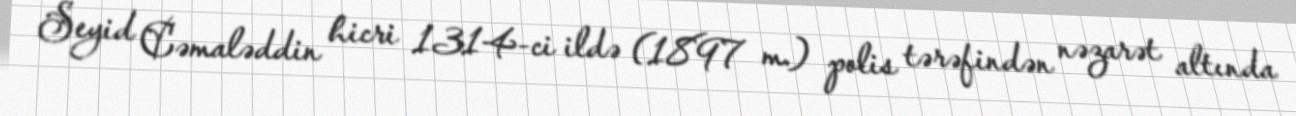
Seyid Cəmaləddin hicri 1314-ci ildə (1897 m.) polis tərəfindən nəzarət altında